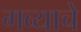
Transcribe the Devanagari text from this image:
गव्याचे